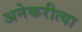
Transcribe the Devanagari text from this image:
अनेकरीत्या